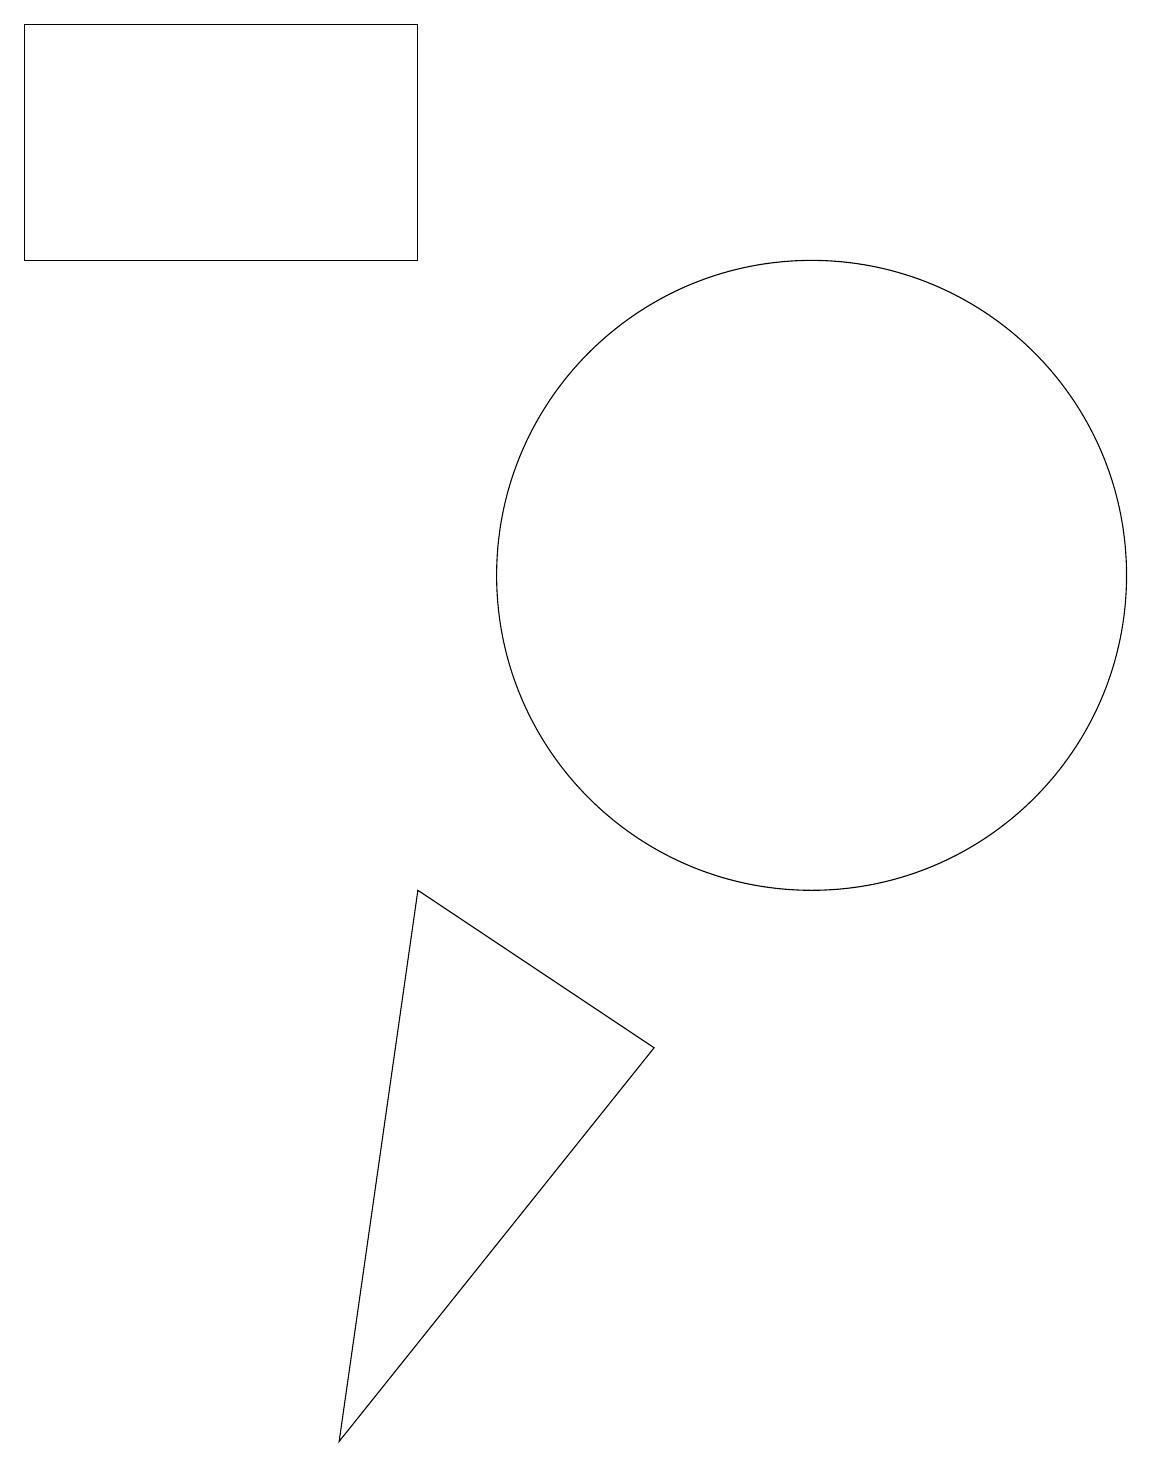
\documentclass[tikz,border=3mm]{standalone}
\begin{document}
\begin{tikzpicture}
\draw (5,0) -- (6,7) -- (9,5) -- cycle;
\draw (1,18) rectangle (6,15);
\draw (11,11) circle (4);
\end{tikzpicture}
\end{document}